Report on vaccination in Madras 1904-1921 - 1904-1921
Year: 1904
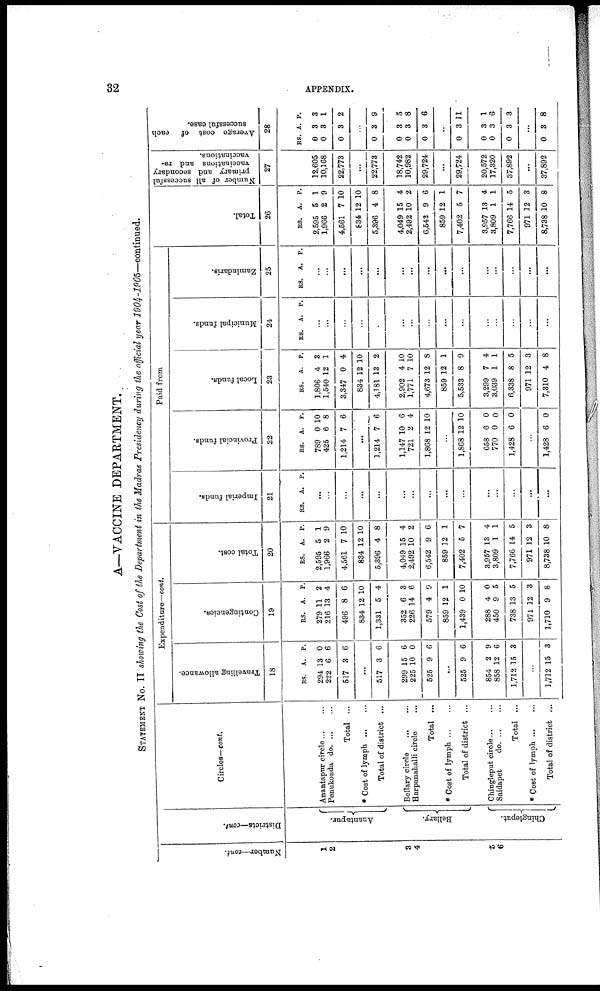
32
APPENDIX.
A—VACCINE DEPARTMENT.
STATEMENT No. II showing the Cost of the Department in the Madras Presidency during the official year
1904-1905—continued.
Number—cont.
1
2
3
4
5
6
Districts—cont.
Anantapur.
Bellary.
Chingleput.
Circles— cont.
Anantapur circle...
...
Penukonda do. ... ...
Total ...
* Cost of lymph
Total of district ...
Bellary
circle...
...
Harpanahalli circle...
Total ...
* Cost of lymph...
...
Total of district ...
Chingleput circle...
...
Saidapet
d
o
. ... ...
Total ...
* Cost of lymph
Total of district ...
Expenditure—cont.
Travelling allowance.
18
RS.
294
222
517
A.
13
6
3
P.
0
6
6
...
517
299
225
525
3
15
10
9
6
6
0
6
...
525
854
858
1,712
9
2
12
15
6
9
6
3
...
1,712 15 3
Contingencies.
19
RS.
279
216
496
834
1,331
352
226
579
859
1,439
288
450
738
971
1,710
A.
11
13
8
12
5
6
14
4
12
0
4
9
13
12
9
P.
2
4
6
10
4
3
6
9
1
10
0
5
5
3
8
Total cost.
20
RS.
2,595
1,966
4,561
834
5,396
4,049
2,492
6,542
859
7,402
3,957
3,809
7,766
971
8,738
A.
5
2
7
12
4
15
10
9
12
5
13
1
14
12
10
P.
1
9
10
10
8
4
2
6
1
7
4
1
5
3
8
Paid from
Imperial funds.
21
RS. A. P.
...
...
...
...
...
...
...
...
...
...
...
...
...
...
...
Provincial funds.
22
RS.
789
425
1,214
A.
0
6
7
P.
10
8
6
...
1,214
1,147
721
1,868
7
10
2
12
6
6
4
10
...
1,868
658
770
1,428
12
6
0
6
10
0
0
0
...
1,428 6 0
Local funds.
23
RS.
1,806
1,540
3,347
834
4,181
2,902
1,771
4,673
859
5,533
3,299
3,039
6,338
971
7,310
A.
4
12
0
12
13
4
7
12
12
8
7
1
8
12
4
P.
3
1
4
10
2
10
10
8
1
9
4
1
5
3
8
Municipal funds.
24
RS. A. P.
...
...
...
...
...
...
...
...
...
...
...
...
...
...
...
Zamindaris.
25
RS. A. P.
...
...
...
...
...
...
...
...
...
...
...
...
...
...
...
Total.
26
RS.
2,595
1,966
4,561
834
5,396
4,049
2,492
6,542
859
7,402
3,957
3,809
7,766
971
8,738
A.
5
2
7
12
4
15
10
9
12
5
13
1
14
12
10
P.
1
9
10
10
8
4
2
6
1
7
4
1
5
3
8
Number of all successful
primary and secondary
vaccinations and re-
vaccinations.
27
12,605
10,168
22,773
...
22,773
18,742
10,982
29,724
...
29,724
20,572
17,320
37,892
...
37,892
Average cost of each
successful case.
28
RS.
0
0
0
A.
3
3
3
P.
3
1
2
...
0
0
0
0
3
3
3
3
9
5
8
6
...
0
0
0
0
3
3
3
3
11
1
6
3
...
0 3 8